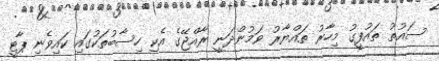
ސައުތު ތައުފީގު މިހާރު ތައްޔާރު ވަމުންދަނީ ރާއްޖޭގެ އެކި ހިސާބުތަކުގައި ކައިވެނި ޕާޓީ